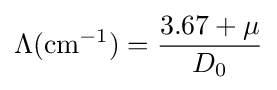
\Lambda \mathrm {(cm^{-1})} ={\frac {3.67+\mu }{D_{0}}}